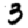
Digit: 3